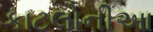
કાટલોનીઆ